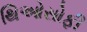
થિઓસોફી